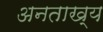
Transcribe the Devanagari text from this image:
अनताख्य